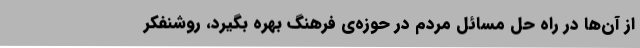
از آن‌ها در راه حل مسائل مردم در حوزه‌ی فرهنگ بهره بگیرد، روشنفکر